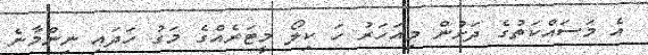
އެ މަސައްކަތުގެ ދަށުން މިއަހަރު ހަ ކިލޯ މީޓަރެއްގެ މަގު ހަދައި ނިންމާނެ